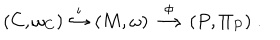
LaTeX: ( C , \omega _ { C } ) \stackrel { \iota } { \hookrightarrow } ( M , \omega ) \stackrel { \phi } { \longrightarrow } ( P , \Pi _ { P } ) \; .